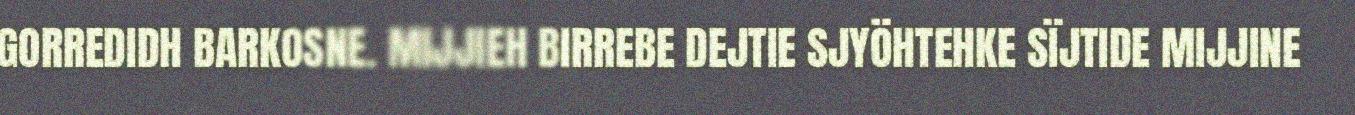
GORREDIDH BARKOSNE. MIJJIEH BIRREBE DEJTIE SJYÖHTEHKE SÏJTIDE MIJJINE